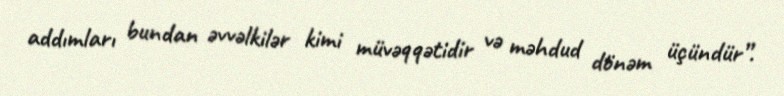
addımları bundan əvvəlkilər kimi müvəqqətidir və məhdud dönəm üçündür”.